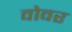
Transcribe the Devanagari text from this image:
वोवर